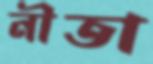
নীতা